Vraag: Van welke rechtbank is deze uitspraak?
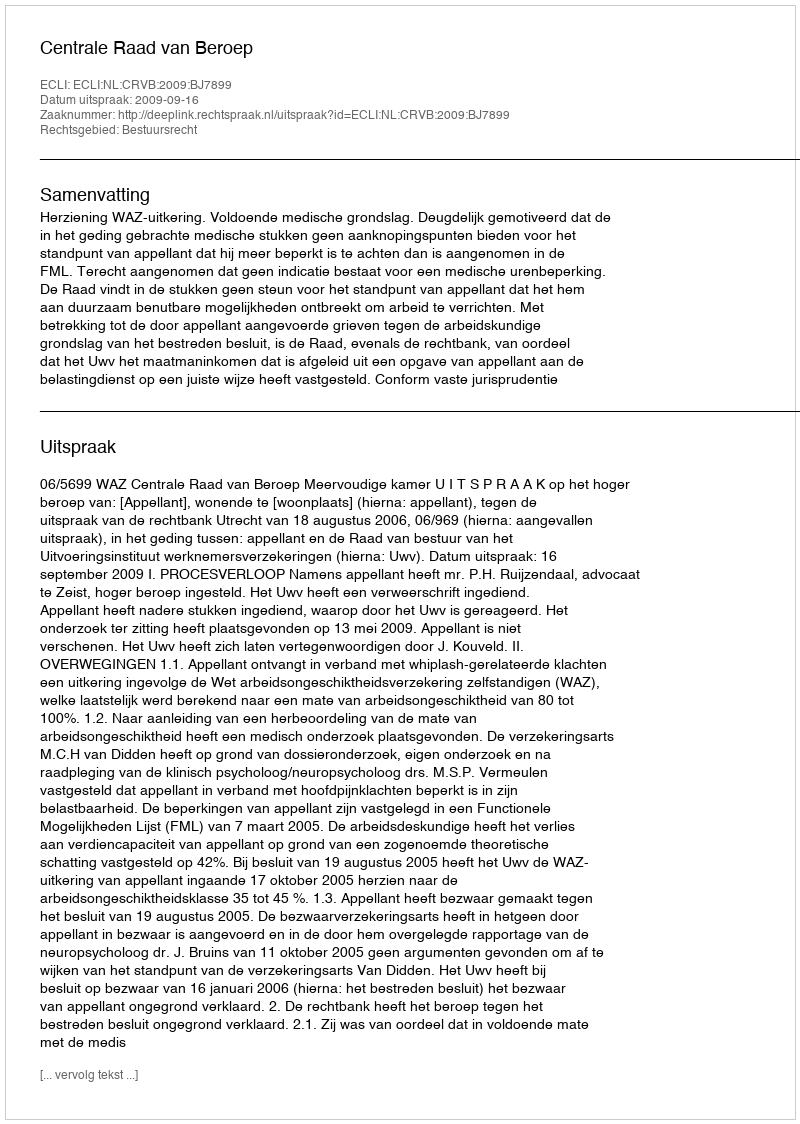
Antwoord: Centrale Raad van Beroep